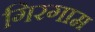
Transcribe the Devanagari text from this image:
गिरगाम